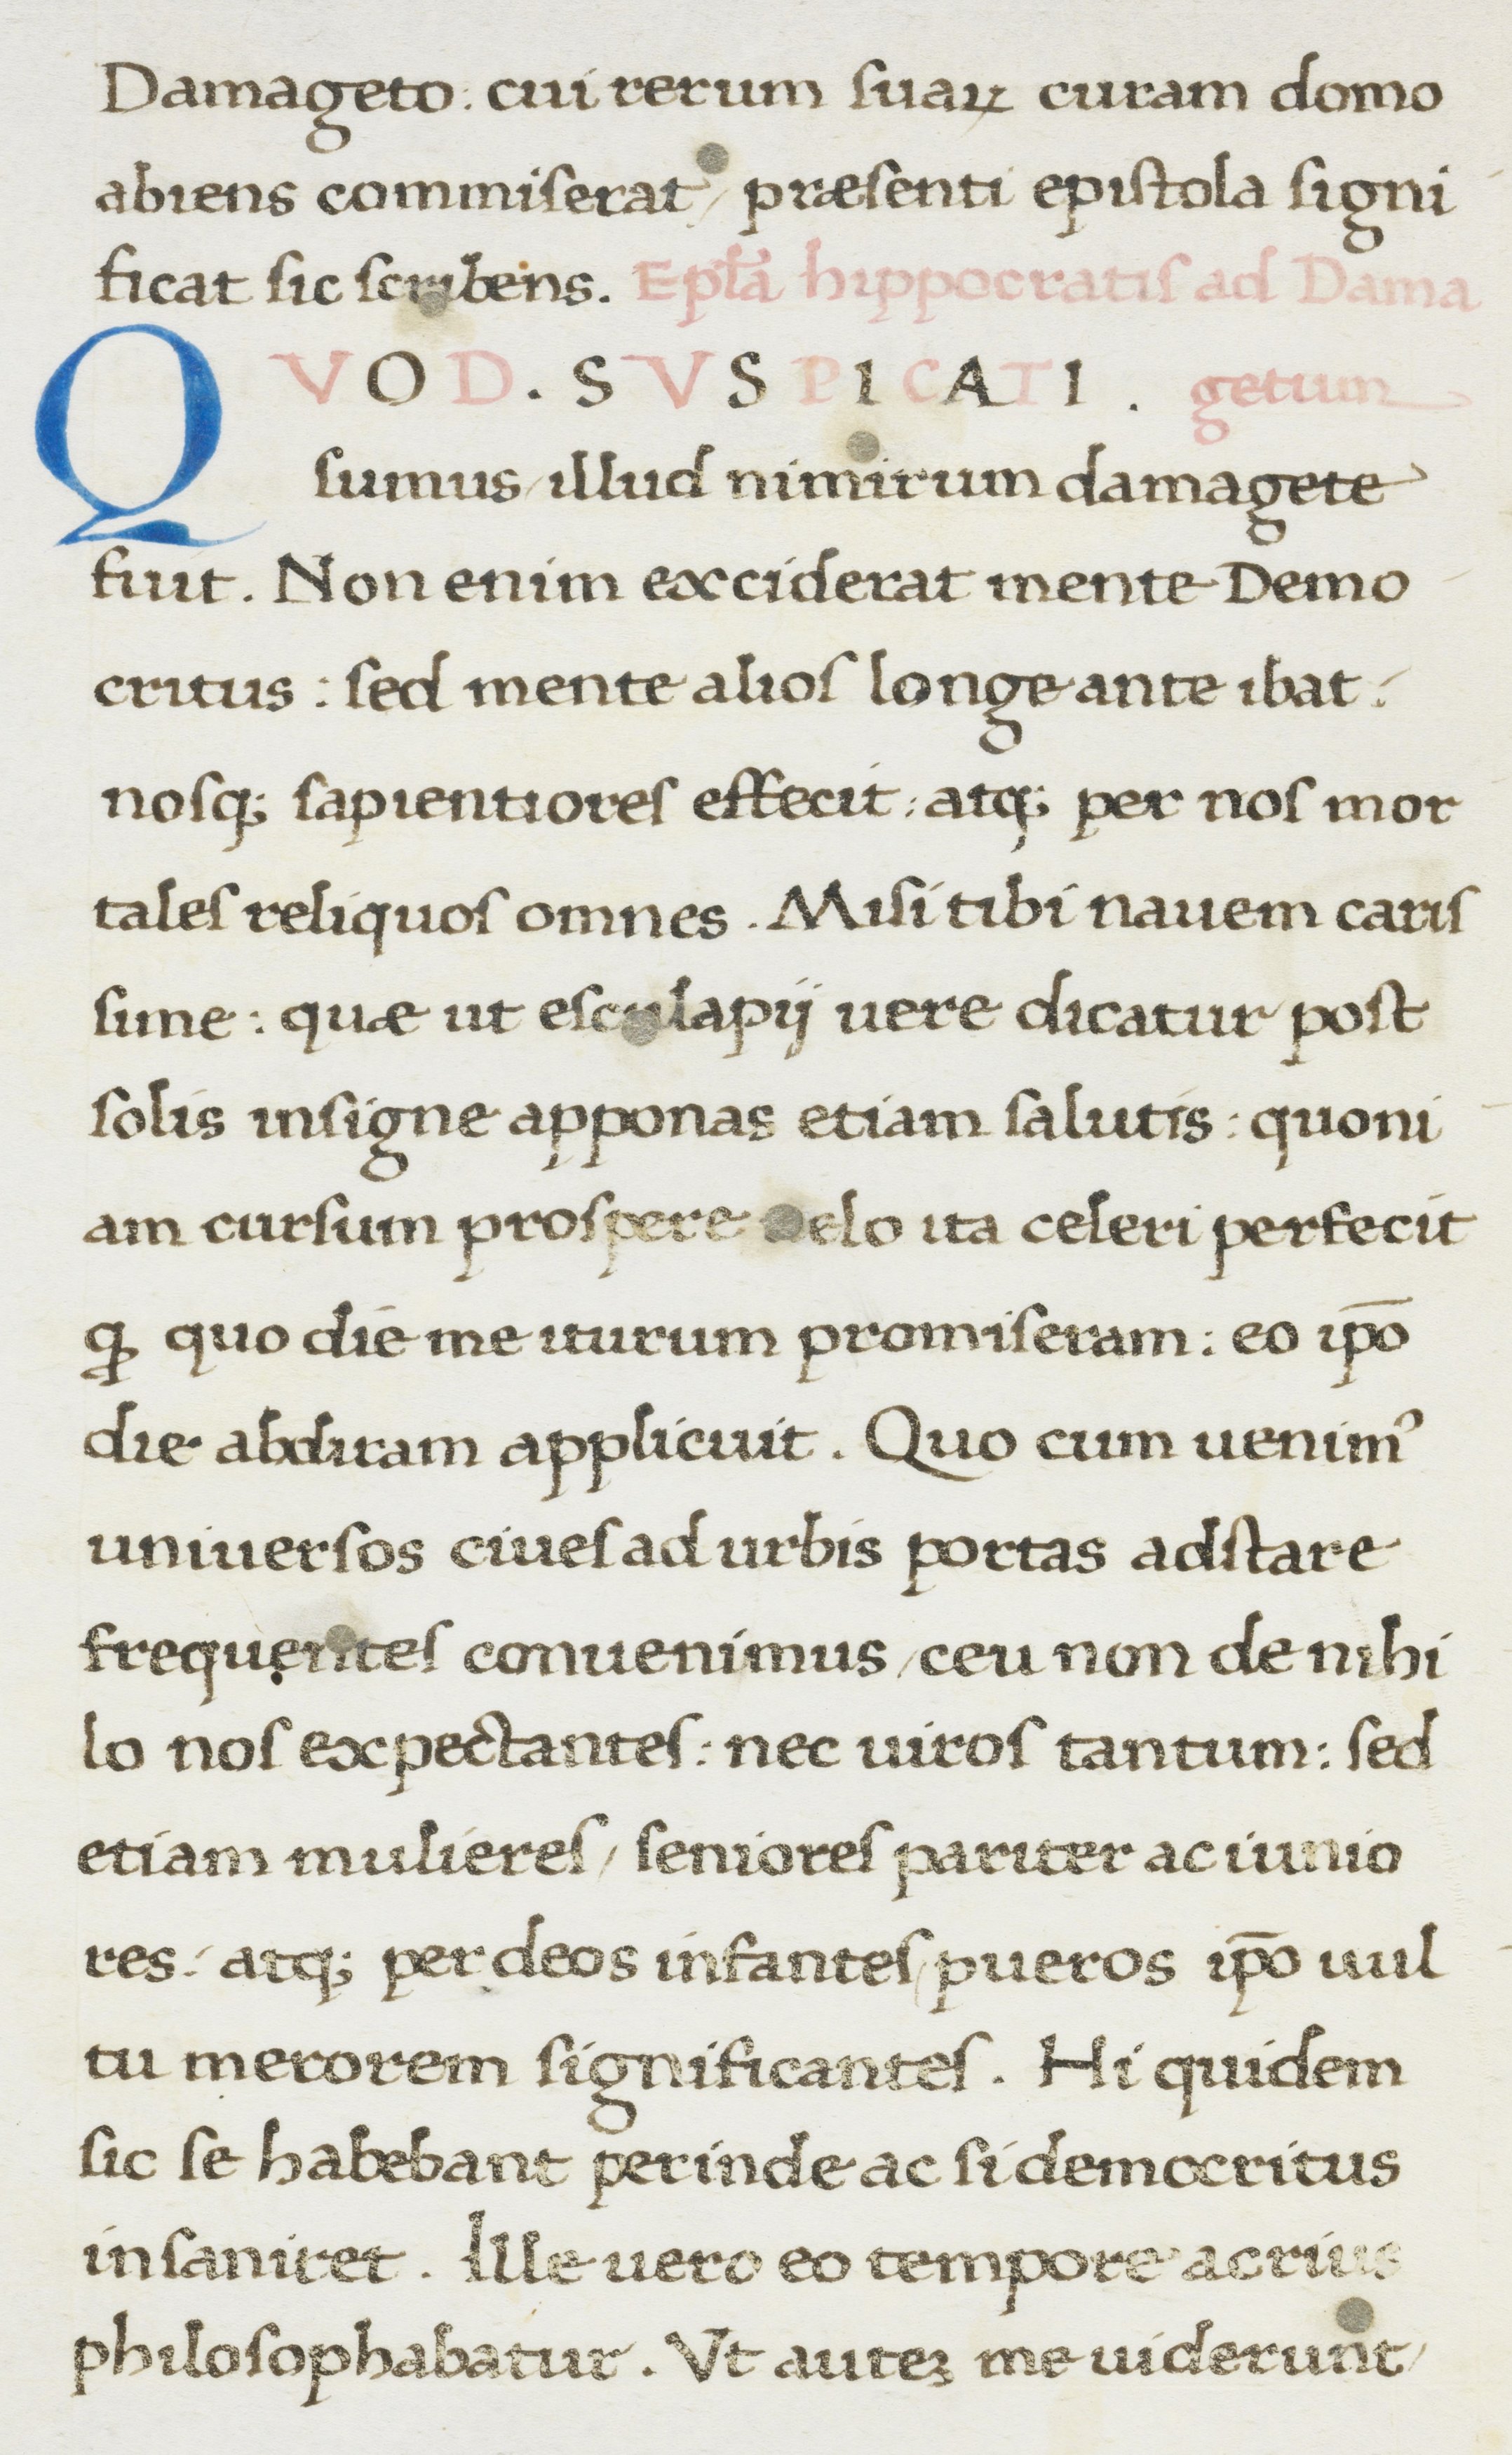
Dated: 1467–1468